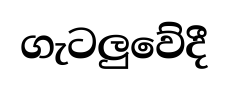
ගැටලුවේදී